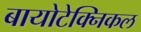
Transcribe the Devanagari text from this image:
बायोटेक्निकल